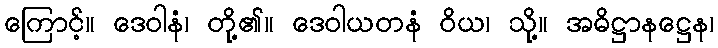
ကြောင့်။ ဒေဝါနံ၊ တို့၏။ ဒေဝါယတနံ ဝိယ၊ သို့။ အဓိဋ္ဌာနဋ္ဌေန၊